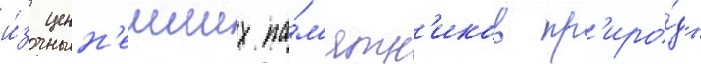
и́з ценн'еиших па́м'ятн'иков пр'иро́ды